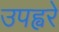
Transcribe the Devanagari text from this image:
उपह्वरे